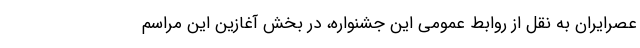
عصرایران به نقل از روابط عمومی این جشنواره، در بخش آغازین این مراسم